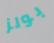
بولز